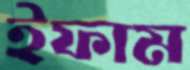
ইফাম